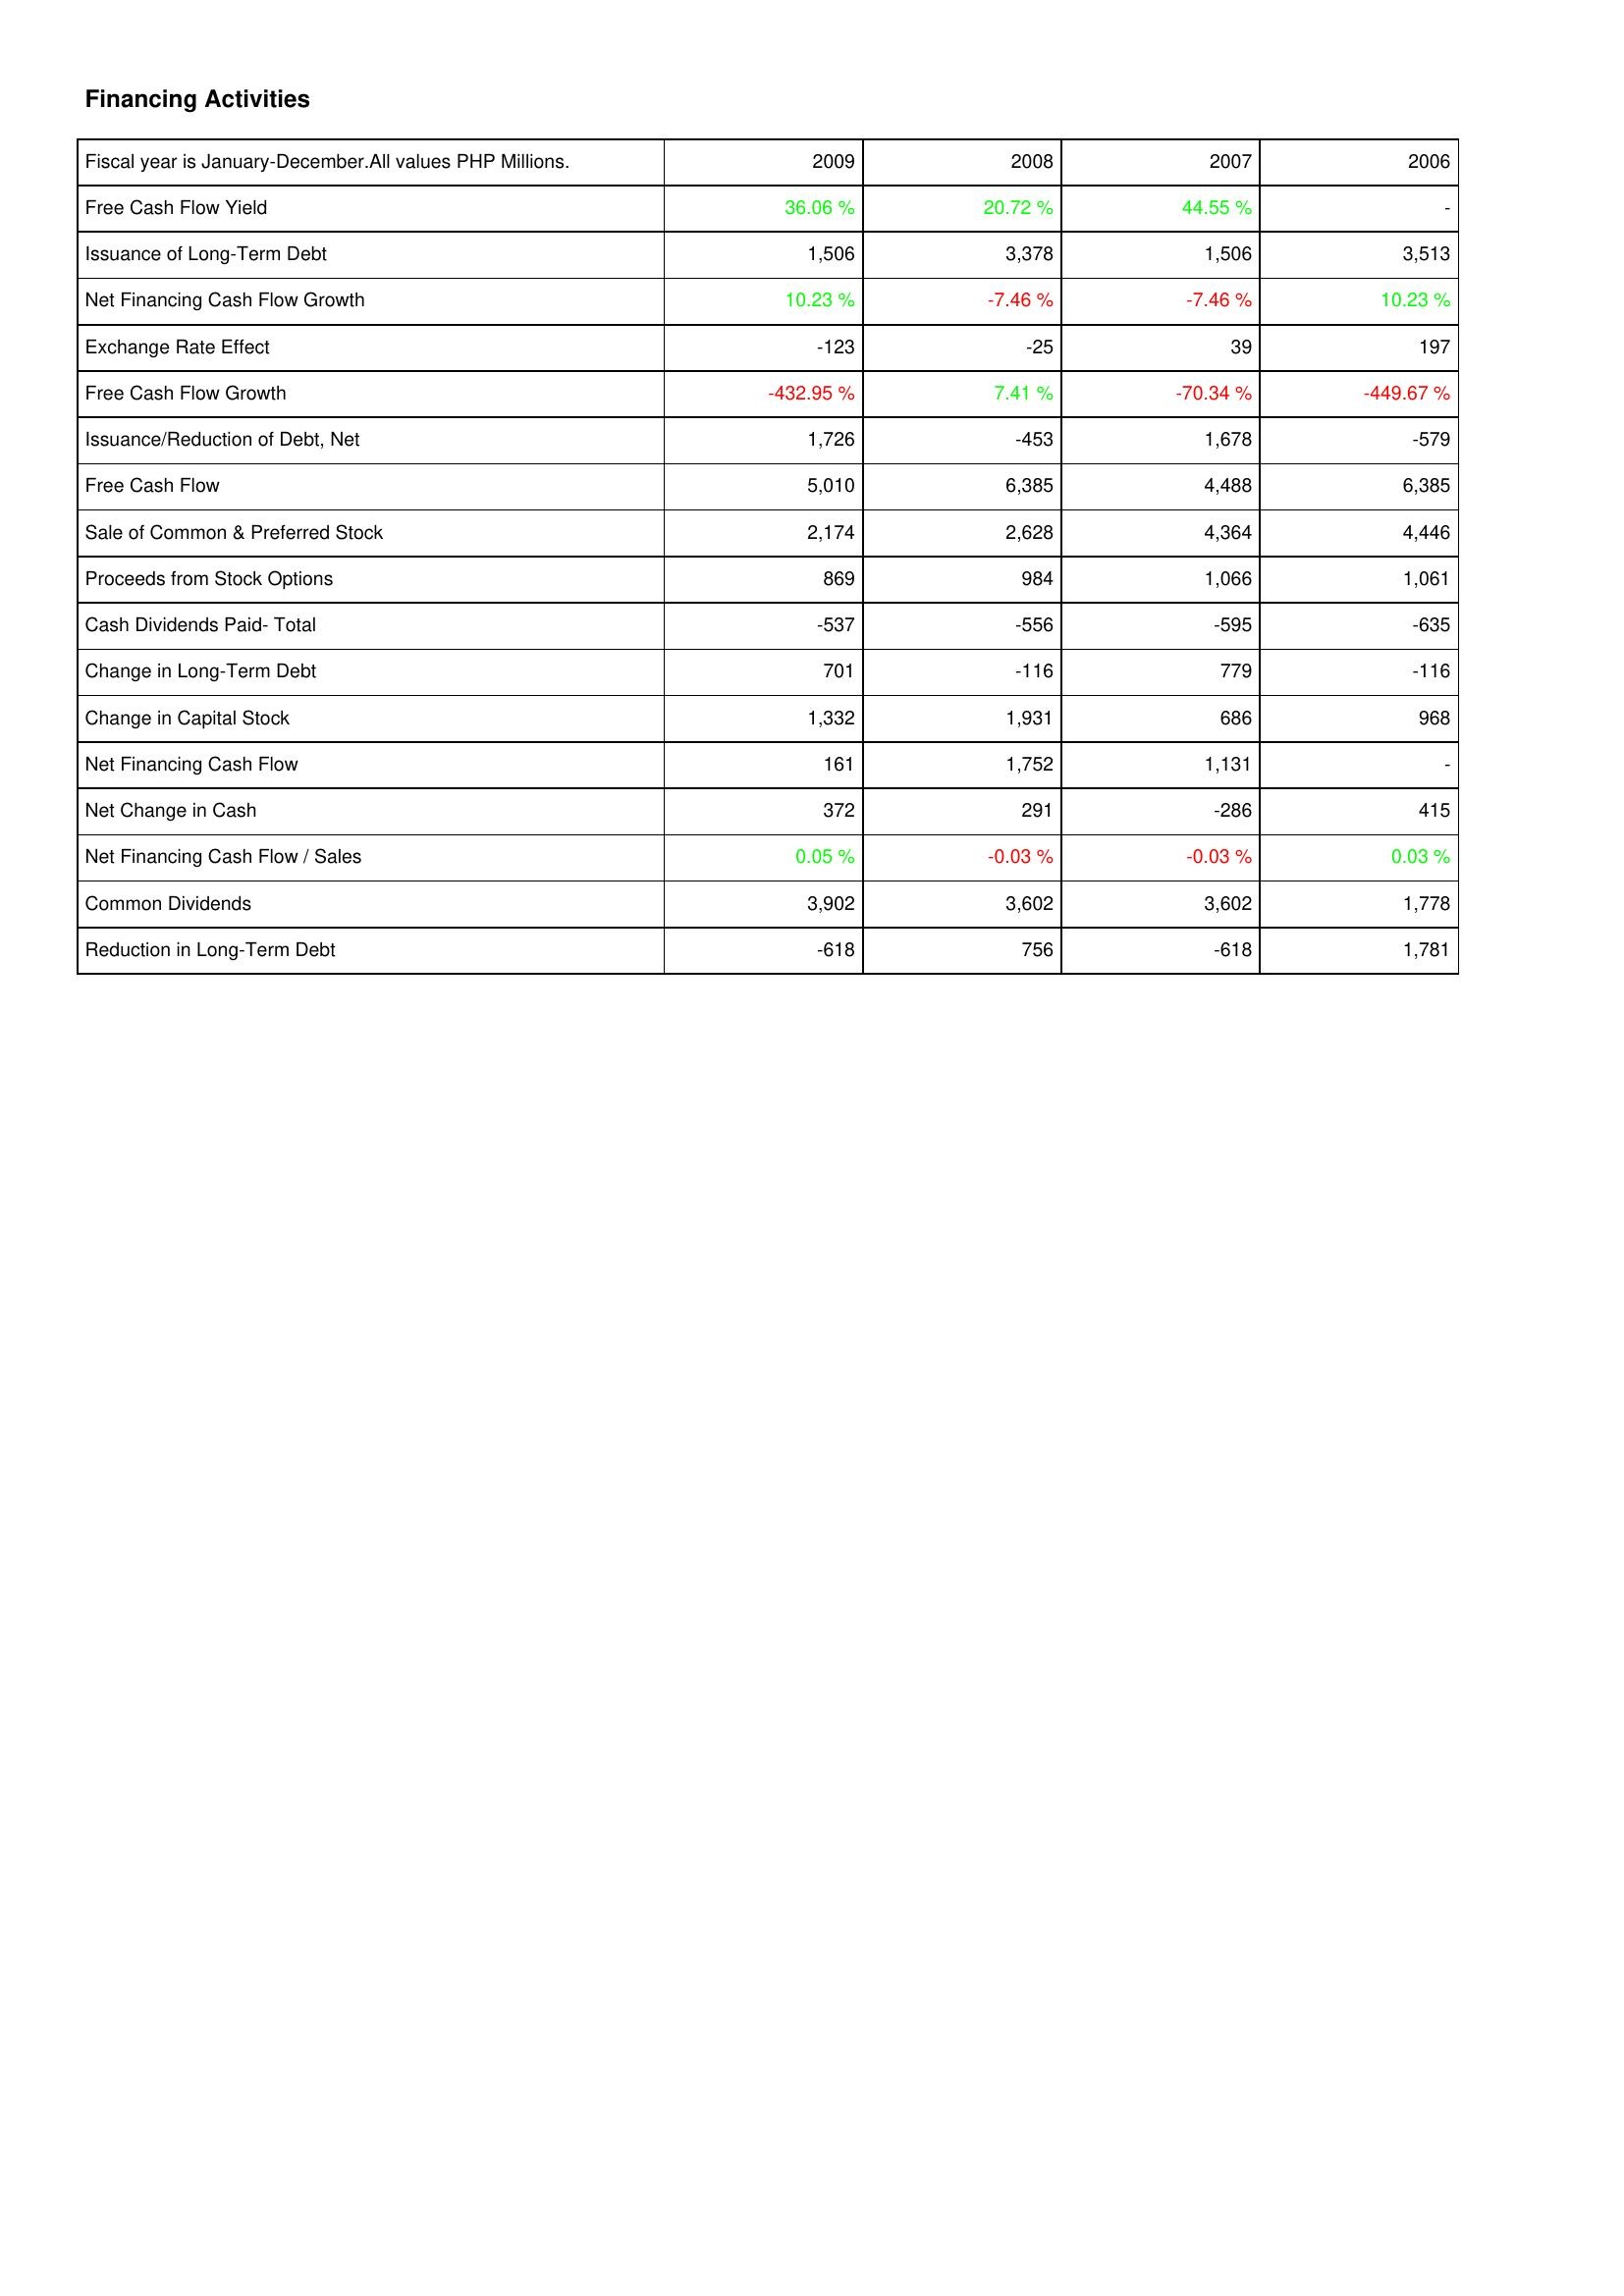
2009: Financing Activities: Free Cash Flow Yield: 36.06 %
Issuance of Long-Term Debt: 1,506
Net Financing Cash Flow Growth: 10.23 %
Exchange Rate Effect: -123
Free Cash Flow Growth: -432.95 %
Issuance/Reduction of Debt, Net: 1,726
Free Cash Flow: 5,010
Sale of Common & Preferred Stock: 2,174
Proceeds from Stock Options: 869
Cash Dividends Paid- Total: -537
Change in Long-Term Debt: 701
Change in Capital Stock: 1,332
Net Financing Cash Flow: 161
Net Change in Cash: 372
Net Financing Cash Flow / Sales: 0.05 %
Common Dividends: 3,902
Reduction in Long-Term Debt: -618
2008: Financing Activities: Free Cash Flow Yield: 20.72 %
Issuance of Long-Term Debt: 3,378
Net Financing Cash Flow Growth: -7.46 %
Exchange Rate Effect: -25
Free Cash Flow Growth: 7.41 %
Issuance/Reduction of Debt, Net: -453
Free Cash Flow: 6,385
Sale of Common & Preferred Stock: 2,628
Proceeds from Stock Options: 984
Cash Dividends Paid- Total: -556
Change in Long-Term Debt: -116
Change in Capital Stock: 1,931
Net Financing Cash Flow: 1,752
Net Change in Cash: 291
Net Financing Cash Flow / Sales: -0.03 %
Common Dividends: 3,602
Reduction in Long-Term Debt: 756
2007: Financing Activities: Free Cash Flow Yield: 44.55 %
Issuance of Long-Term Debt: 1,506
Net Financing Cash Flow Growth: -7.46 %
Exchange Rate Effect: 39
Free Cash Flow Growth: -70.34 %
Issuance/Reduction of Debt, Net: 1,678
Free Cash Flow: 4,488
Sale of Common & Preferred Stock: 4,364
Proceeds from Stock Options: 1,066
Cash Dividends Paid- Total: -595
Change in Long-Term Debt: 779
Change in Capital Stock: 686
Net Financing Cash Flow: 1,131
Net Change in Cash: -286
Net Financing Cash Flow / Sales: -0.03 %
Common Dividends: 3,602
Reduction in Long-Term Debt: -618
2006: Financing Activities: Free Cash Flow Yield: -
Issuance of Long-Term Debt: 3,513
Net Financing Cash Flow Growth: 10.23 %
Exchange Rate Effect: 197
Free Cash Flow Growth: -449.67 %
Issuance/Reduction of Debt, Net: -579
Free Cash Flow: 6,385
Sale of Common & Preferred Stock: 4,446
Proceeds from Stock Options: 1,061
Cash Dividends Paid- Total: -635
Change in Long-Term Debt: -116
Change in Capital Stock: 968
Net Financing Cash Flow: -
Net Change in Cash: 415
Net Financing Cash Flow / Sales: 0.03 %
Common Dividends: 1,778
Reduction in Long-Term Debt: 1,781